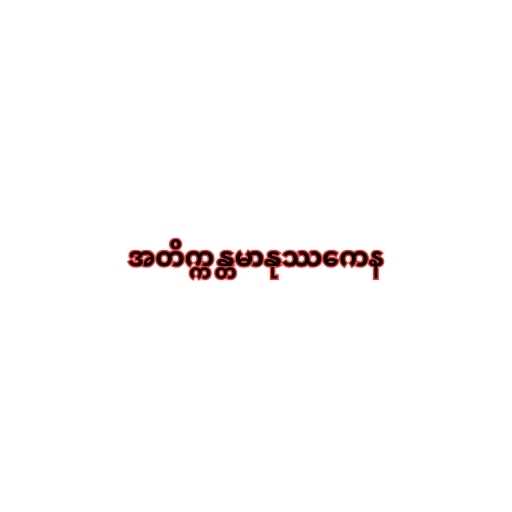
အတိက္ကန္တမာနုဿကေန